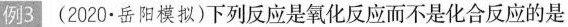
例3 (2020·岳阳模拟)下列反应是氧化反应而不是化合反应的是